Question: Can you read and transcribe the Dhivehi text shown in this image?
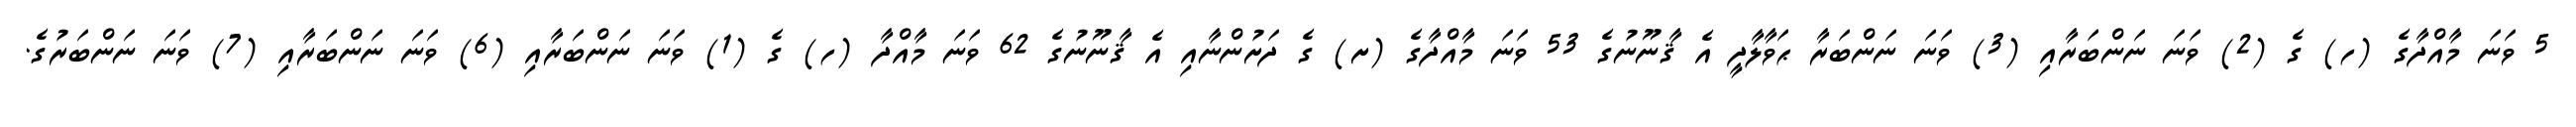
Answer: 5 ވަނަ މާއްދާގެ (ހ) ގެ (2) ވަނަ ނަންބަރާއި (3) ވަނަ ނަންބަރާ ޙަވާލާދީ އެ ޤާނޫނުގެ 53 ވަނަ މާއްދާގެ (ށ) ގެ ދަށުންނާއި އެ ޤާނޫނުގެ 62 ވަނަ މާއްދާ (ހ) ގެ (1) ވަނަ ނަންބަރާއި (6) ވަނަ ނަންބަރާއި (7) ވަނަ ނަންބަރުގެ.